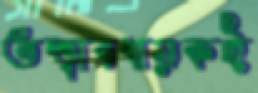
তত্ত্বাবধায়কই